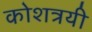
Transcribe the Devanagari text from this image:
कोशत्रयी